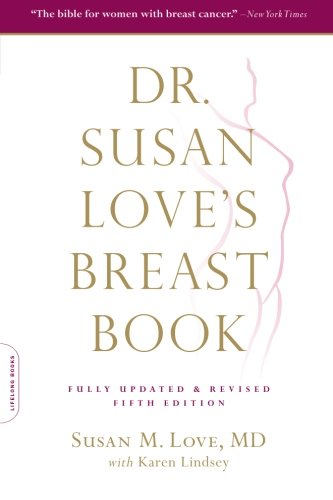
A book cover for Dr. Susan Love's Breast Book, 5th Edition (A Merloyd Lawrence Book); Susan M. Love MD; Health, Fitness & Dieting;